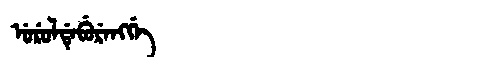
Manchu: ᡠᡵᡠᠯᡩᡝᠪᡠᡵᡝᠩᡤᡝ
Romanization: URULDEBURENGGE